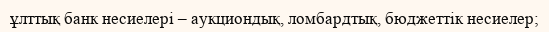
ұлттық банк несиелері – аукциондық, ломбардтық, бюджеттік несиелер;